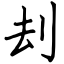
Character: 刦